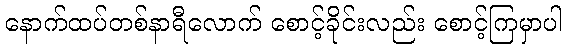
နောက်ထပ်တစ်နာရီလောက် စောင့်ခိုင်းလည်း စောင့်ကြမှာပါ